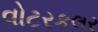
વોટરકલર